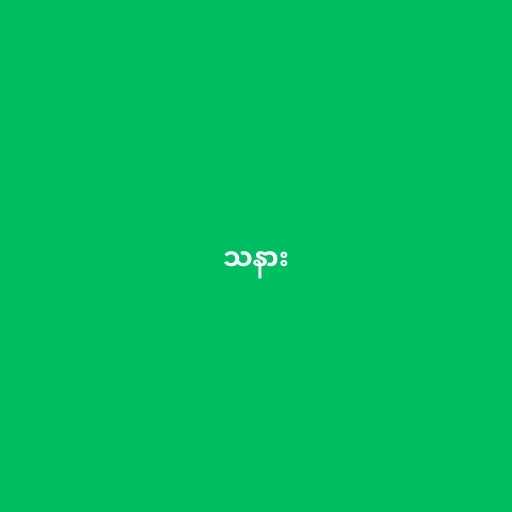
သနား